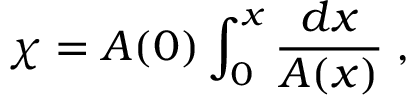
\chi = A ( 0 ) \int _ { 0 } ^ { x } \frac { d x } { A ( x ) } \; ,